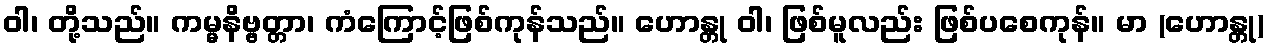
ဝါ၊ တို့သည်။ ကမ္မနိဗ္ဗတ္တာ၊ ကံကြောင့်ဖြစ်ကုန်သည်။ ဟောန္တု ဝါ၊ ဖြစ်မူလည်း ဖြစ်ပစေကုန်။ မာ (ဟောန္တု)